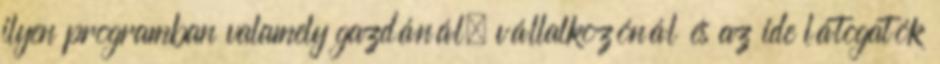
ilyen programban valamely gazdánál, vállalkozónál és az ide látogatók